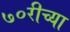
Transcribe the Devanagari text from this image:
७०रीच्या